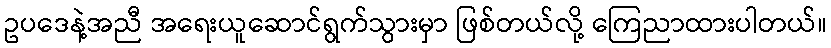
ဥပဒေနဲ့အညီ အရေးယူဆောင်ရွက်သွားမှာ ဖြစ်တယ်လို့ ကြေညာထားပါတယ်။